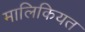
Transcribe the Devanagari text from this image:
मालिकियत